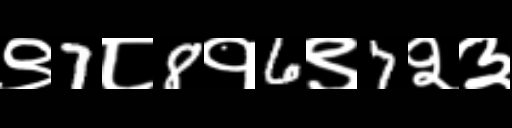
Text: ९7८8१6९7२३